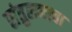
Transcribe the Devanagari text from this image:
संतुलनाचा